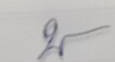
บ